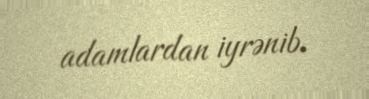
adamlardan iyrənib.